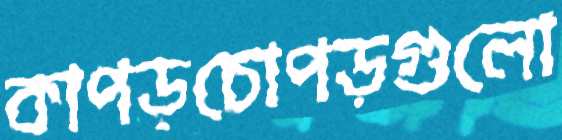
কাপড়চোপড়গুলো